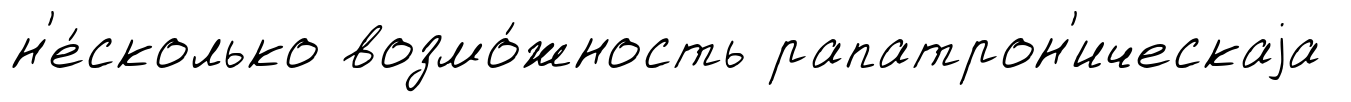
н'е́сколько возмо́жность рапатрон'ическаjа